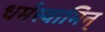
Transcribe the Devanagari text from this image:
धर्मस्वामिन्